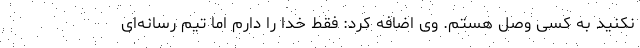
نکنید به کسی وصل هستم. وی اضافه کرد: فقط خدا را دارم اما تیم رسانه‌ای